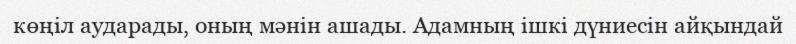
көңіл аударады, оның мәнін ашады. Адамның ішкі дүниесін айқындай